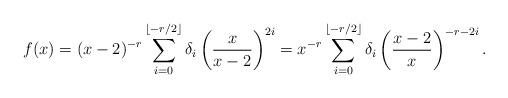
LaTeX: \begin{align*} f(x) = (x - 2)^{-r} \sum\limits_{i=0}^{\lfloor -r/2 \rfloor} \delta_i \left(\frac{x}{x-2}\right)^{2i} = x^{-r} \sum\limits_{i=0}^{\lfloor -r/2 \rfloor} \delta_i \left(\frac{x-2}{x}\right)^{-r-2i}.\end{align*}